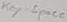
Text: key=space